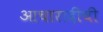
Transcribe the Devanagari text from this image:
आचारादींची